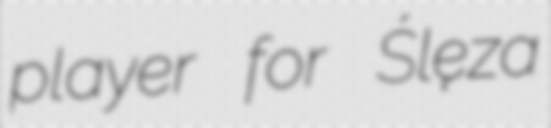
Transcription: player for Ślęza